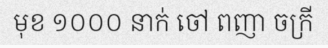
មុខ ១០០០ នាក់ ចៅ ពញា ចក្រី